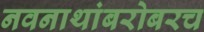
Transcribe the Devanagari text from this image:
नवनाथांबरोबरच